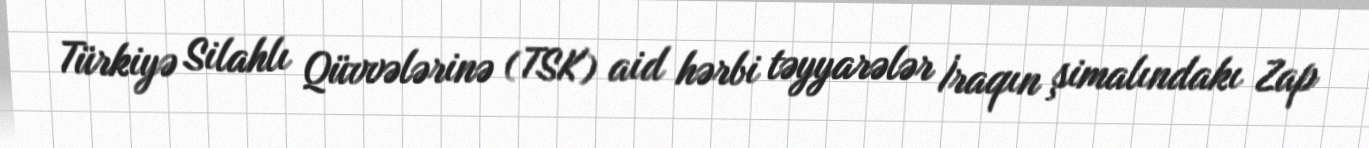
Türkiyə Silahlı Qüvvələrinə (TSK) aid hərbi təyyarələr İraqın şimalındakı Zap